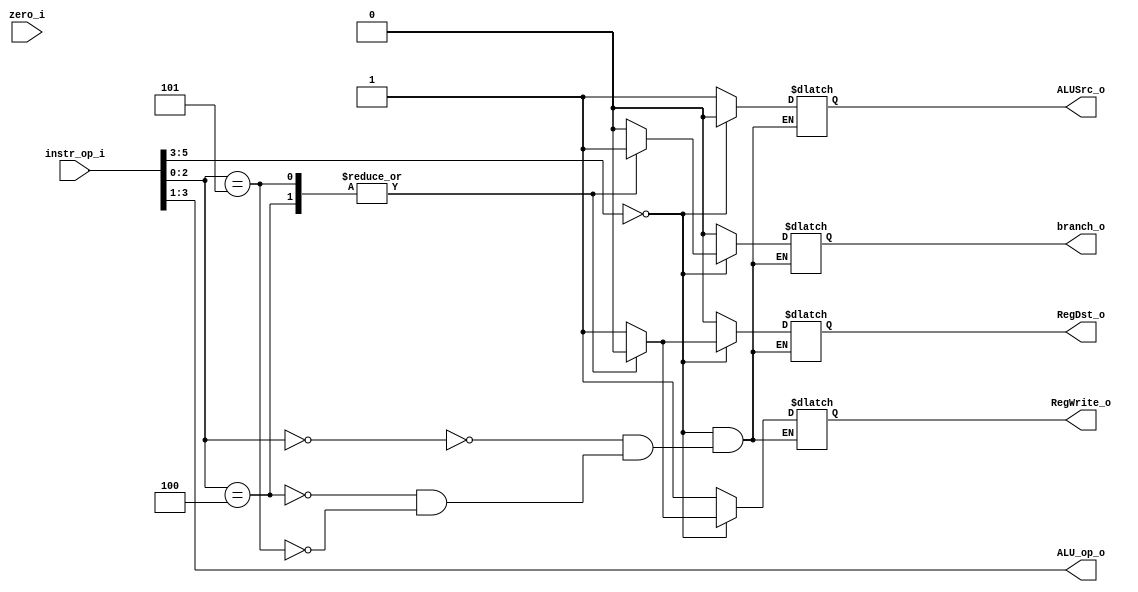

module Decoder(
    instr_op_i,
    zero_i,
    RegWrite_o,
    ALU_op_o,
    ALUSrc_o,
    RegDst_o,
    branch_o
    );

//I/O ports
input  [6-1:0] instr_op_i;
input          zero_i;

output         RegWrite_o;
output [3-1:0] ALU_op_o;
output         ALUSrc_o;
output         RegDst_o;
output         branch_o;

//Internal Signals
reg    [3-1:0] ALU_op_o;
reg            ALUSrc_o;
reg            RegWrite_o;
reg            RegDst_o;
reg            branch_o;



always@(*)begin
    ALU_op_o = instr_op_i[3:1];
    //if instr_op[5:3]==0, R-typebranch
    //Rtype and beq, bne
    if (instr_op_i[5:3] == 3'b000)begin
        case(instr_op_i[2:0])
            3'b000: begin
                RegDst_o <= 1;
                ALUSrc_o <= 0;
                RegWrite_o <= 1;
                branch_o <= 0;
            end
            3'b100: begin
                RegDst_o <= 0;
                ALUSrc_o <= 0;
                RegWrite_o <= 0;
                branch_o <= 1;
            end
            3'b101: begin
                RegDst_o <= 0;
                ALUSrc_o <= 0;
                RegWrite_o <= 0;
                branch_o <= 1;
            end
        endcase
    end
    //I-type(except for beq bne)
    else begin
        RegDst_o <= 0;
        ALUSrc_o <= 1;
        RegWrite_o <= 1;
        branch_o <= 0;
    end
end

endmodule